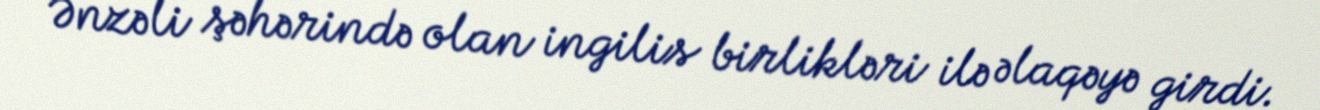
Ənzəli şəhərində olan ingilis birlikləri ilə əlaqəyə girdi.